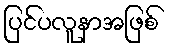
ပြင်ပလူနာအဖြစ်